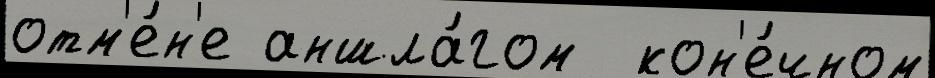
отм'е́н'е аншла́гом  кон'е́чном